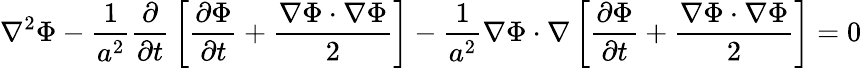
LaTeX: \nabla^{2}\Phi-{\frac{1}{a^{2}}}{\frac{\partial}{\partial t}}\left[{\frac{\partial\Phi}{\partial t}}+{\frac{\nabla\Phi\cdot\nabla\Phi}{2}}\right]-{\frac{1}{a^{2}}}\nabla\Phi\cdot\nabla\left[{\frac{\partial\Phi}{\partial t}}+{\frac{\nabla\Phi\cdot\nabla\Phi}{2}}\right]=0